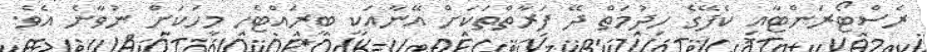
ރެސްޓޯރަންޓާއި ކެފޭގެ ހިދުމަތް ދޭ ފަރާތްތަކަށް އޭނާއަކީ ބީރައްޓެހި މީހަކަށް ނުވާނެ އެވެ.